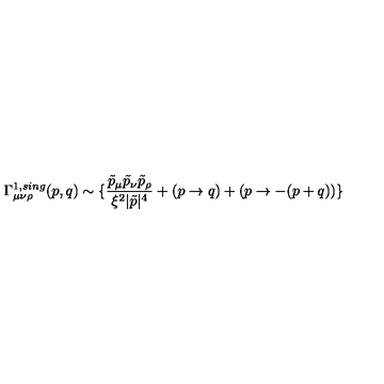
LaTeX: \Gamma _ { \mu \nu \rho } ^ { 1 , s i n g } ( p , q ) \sim \{ \frac { \tilde { p } _ { \mu } \tilde { p } _ { \nu } \tilde { p } _ { \rho } } { \xi ^ { 2 } | \tilde { p } | ^ { 4 } } + ( p \rightarrow q ) + ( p \rightarrow - ( p + q ) ) \}